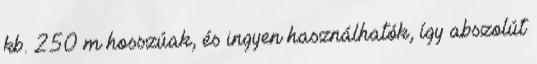
kb. 250 m hosszúak, és ingyen használhatók, így abszolút